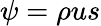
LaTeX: \psi=\rho us